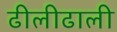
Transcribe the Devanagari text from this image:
ढीलीढाली